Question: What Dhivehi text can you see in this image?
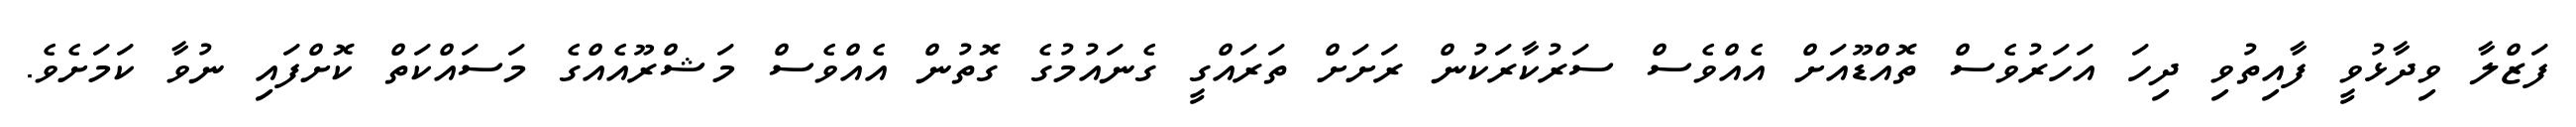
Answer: ފަޒްލާ ވިދާޅުވީ ފާއިތުވި ދިހަ އަހަރުވެސް ތޮއްޑޫއަށް އެއްވެސް ސަރުކާރަކުން ރަށަށް ތަރައްގީ ގެނައުމުގެ ގޮތުން އެއްވެސް މަޝްރޫއެއްގެ މަސައްކަތް ކޮށްފައި ނުވާ ކަމަށެވެ.